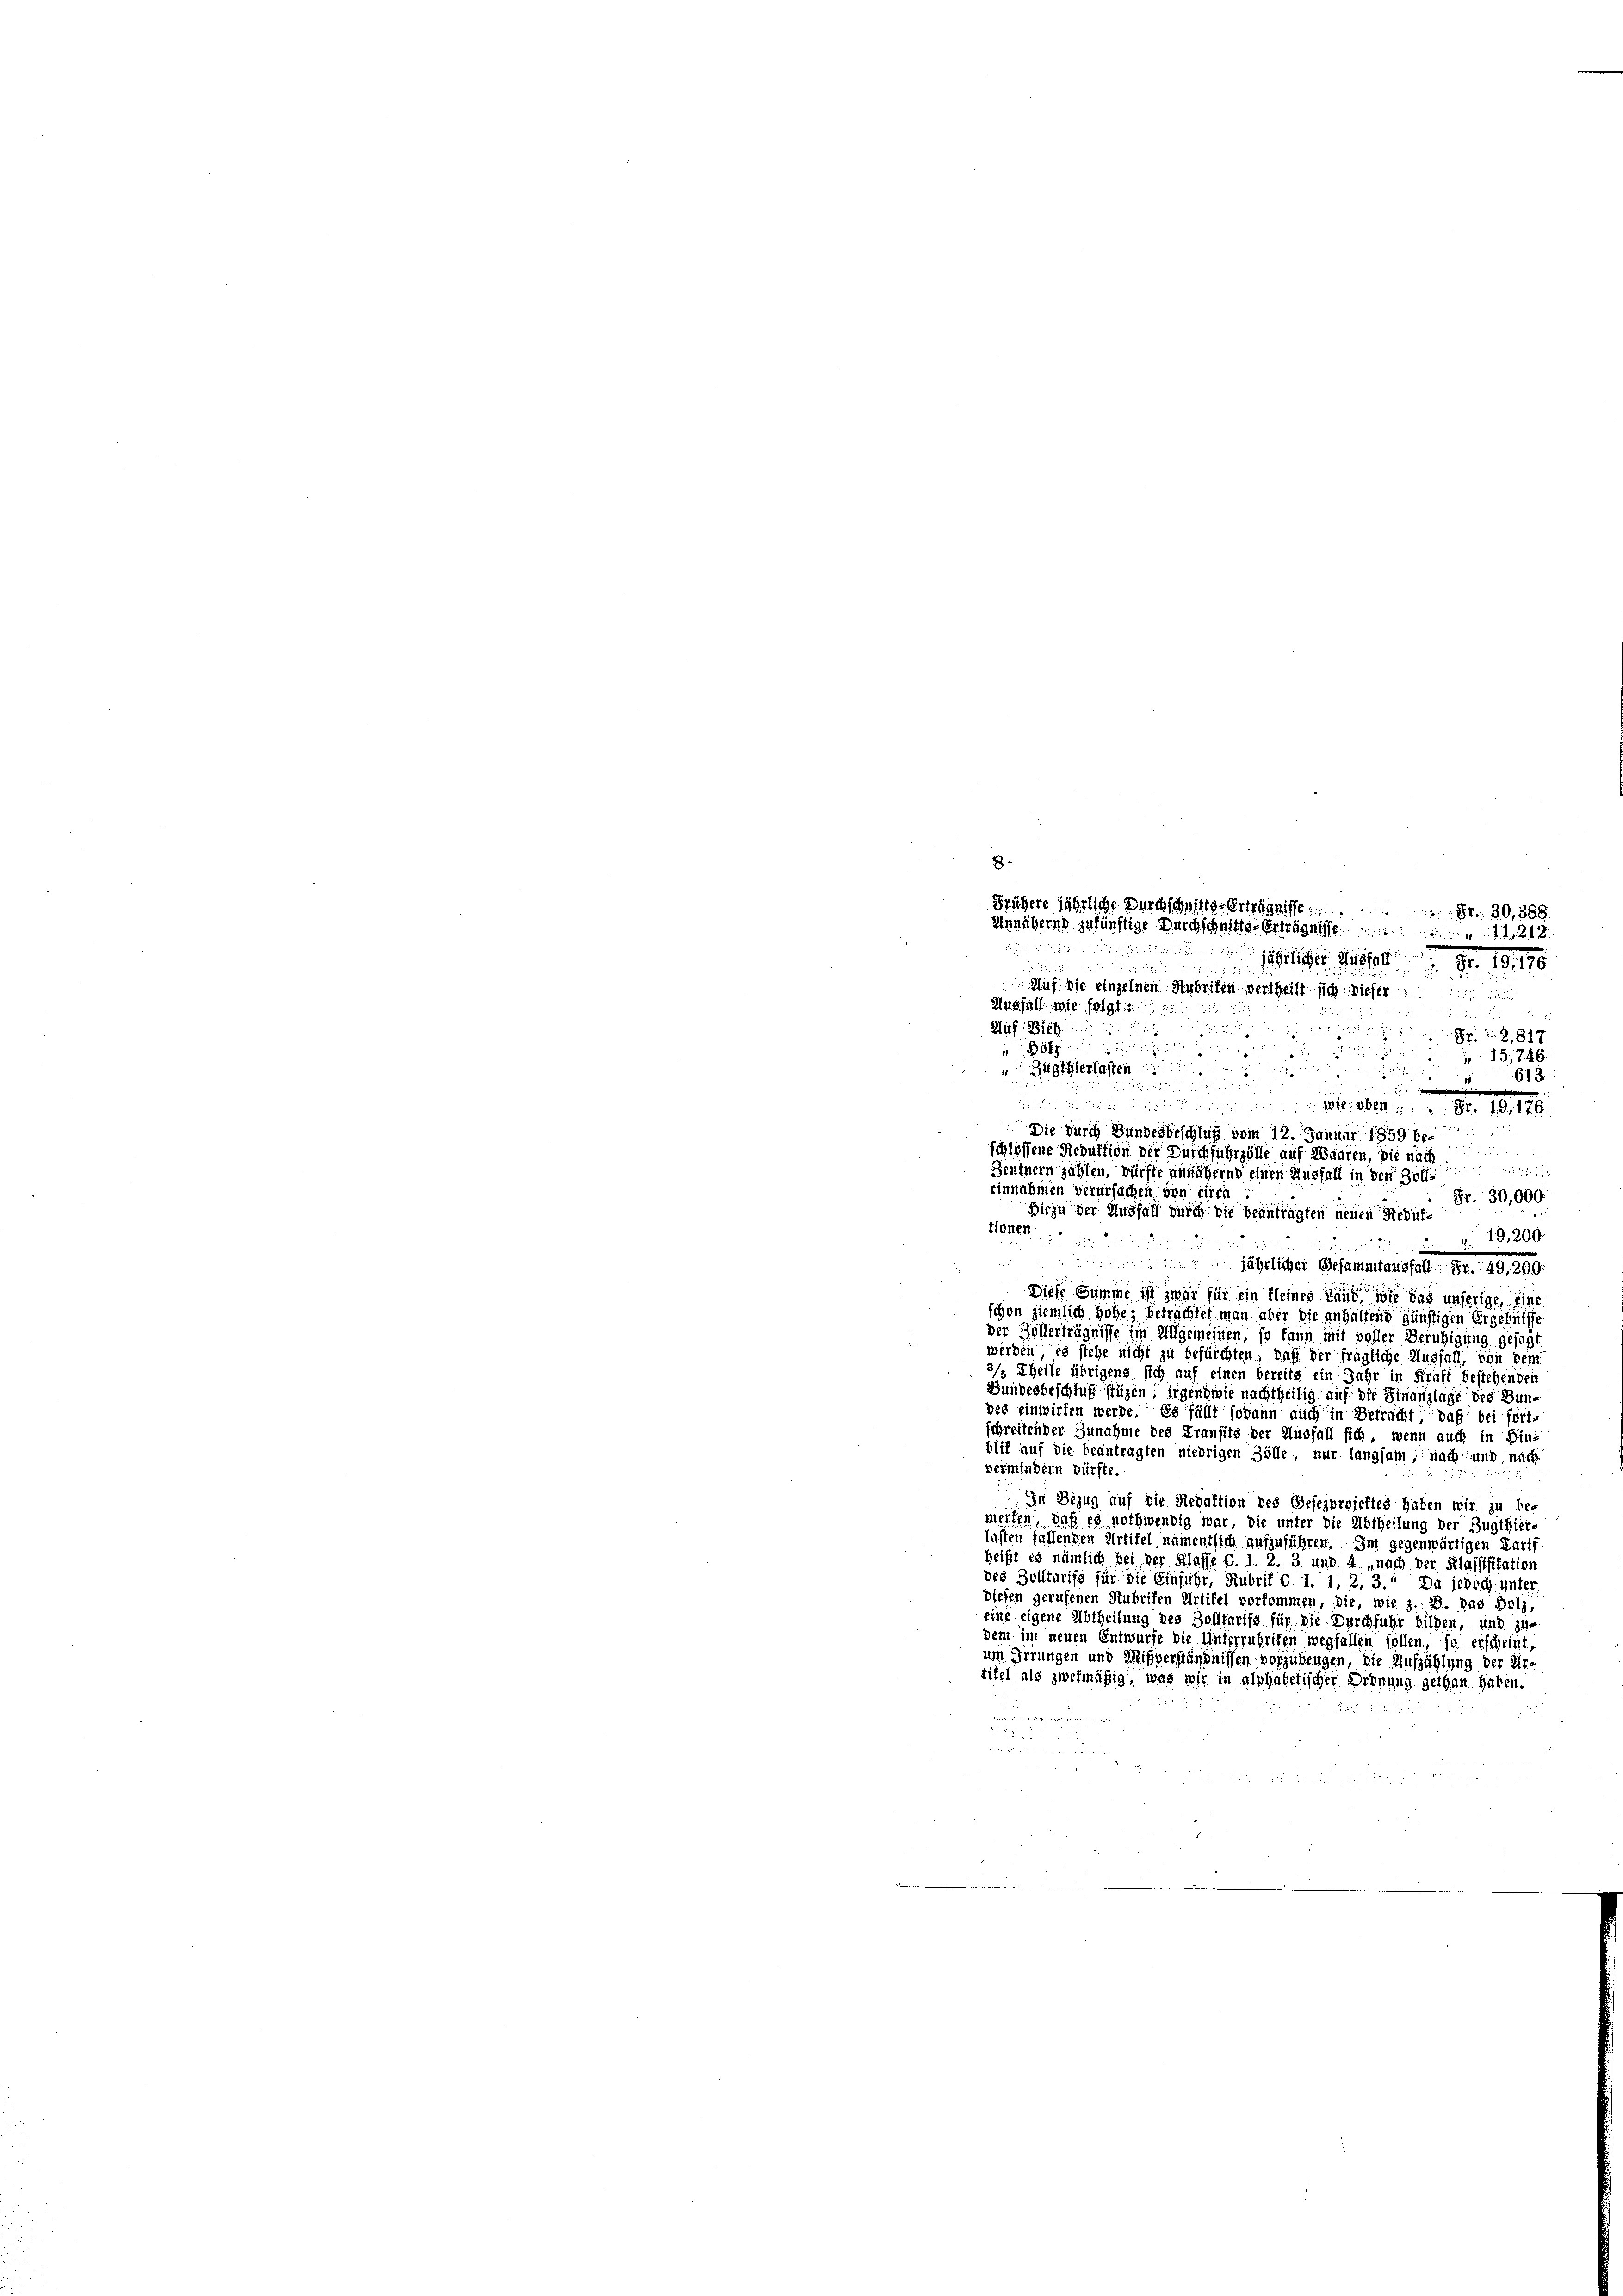
Zugthierlasten

 ain eines erhin werden an der d. 176
Sie durch Bundesbeschluß vom 12. Januar 1859 beschlossene Reduktion der Durchfuhrzölle auf Waaren, die nach
Zentnern zahlen, dürfte annähernd einen Ausfall in der Hoff
einnahmen verurfachen von circa
Hiezu der Ausfall durch die beantragten neuen Redul¬
Hotel

Frühere jährliche Durchschnitts-Erträgnisse 30, 388.
Annähernd zukünftige Durchschnitts-Erträgnisse. 1218
5
 Moser Nr. 18176
Auf die einzelnen Anbrifen vertheilt sich dieser

Ausfall, wie folgt

dru u
Huf: Die
S 2,817
öfze
5
15,746

613
i
52
Fr. 30,000.
13,200

jährlicher Gesammtausfall Fr. 149, 209.
Diese Summe ist zwar für ein kleines Land wie das unserige, eine
schon ziemlich hohe Betrachtet man aber die anhaltend günstigen Ergebnisse
der Zollerträgnisse im Allgemeinen, so kann mit voller Beruhigung gesagt
werden, es stehe nicht zu befürchten, daß der fragliche Ausfall, von dem
Theile übrigens sich auf einen bereits ein Jahr in Kraft bestehenden
Bundesbeschluß stüzen irgendwie nachtheilig auf die Finanzlage des Bunves einwirken werde. Es fällt sodann auch in Betracht, daß bei fortschreitender Zunahme des Transits der Ausfall sich, wenn auch in Hins
blit auf die beantragten niedrigen Zölle, nur langsam, nach und nach
vermindern dürfte.
In Bezug auf die Redaktion des Gesezprojektes haben wir zu be-
meilen, daß es nothwendig war, die unter die Abtheilung der Zugthier-
lasten fallenden Artikel namentlich aufzuführen. Im gegenwärtigen Paris
heißt es nämlich bei der Klasse c. 1. 2. 3. und 4 „nach der Klassifikation
des Zolltarifs für die Einführ, Rubrif c 1. 1, 2, 3. Da jedoch unte
diesen gerufenen Hubrifen Artikel vorkommen, die, wie z. B. das Poli
eine eigene Abtheilung des Zolltarifs für die Durchführ bilden, und 34
dem, im neuen Entwurfe die Unterrubrifen wegfallen sollen, so erscheint,
um Irrungen und Mißverständnissen vorzubeugen, die Aufzählung der Ur-
tifel als zwekmäßig, was wir in alphabetischer Ordnung gethan haben.